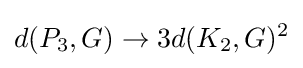
d(P_{3},G)\to 3d(K_{2},G)^{2}